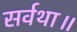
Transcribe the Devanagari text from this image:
सर्वथा॥